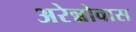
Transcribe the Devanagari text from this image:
अरेन्नोवास